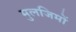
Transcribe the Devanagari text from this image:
मुलजिमों